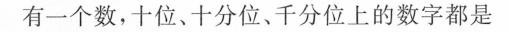
有一个数 ，十位、十分位、千分位上的数字都是